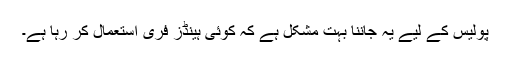
پولیس کے لیے یہ جاننا بہت مشکل ہے کہ کوئی ہینڈز فری استعمال کر رہا ہے۔